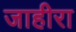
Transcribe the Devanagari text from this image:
जाहीरा